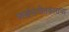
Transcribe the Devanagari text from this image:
पार्श्वसंगीतकाराचा